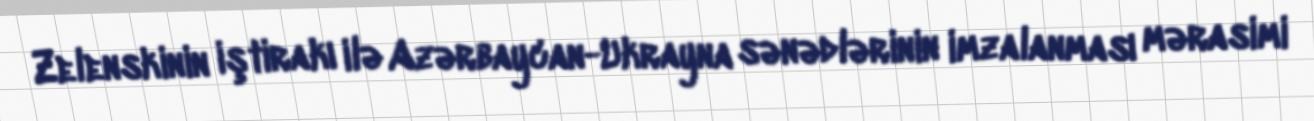
Zelenskinin iştirakı ilə Azərbaycan-Ukrayna sənədlərinin imzalanması mərasimi